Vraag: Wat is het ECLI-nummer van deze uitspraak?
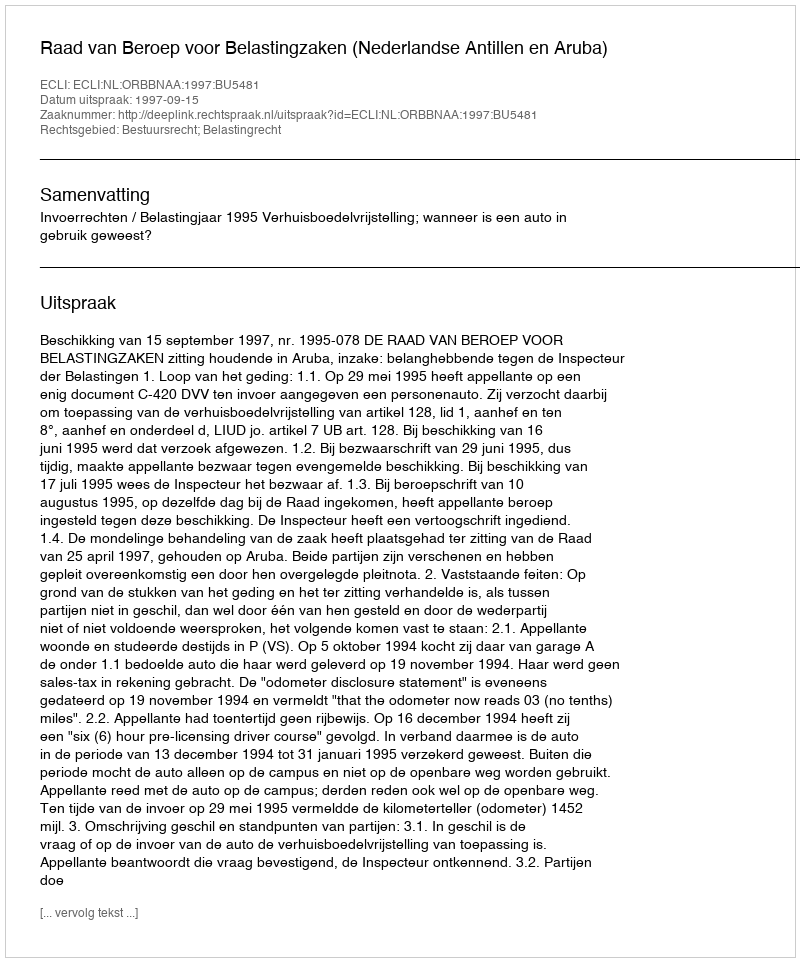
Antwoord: ECLI:NL:ORBBNAA:1997:BU5481